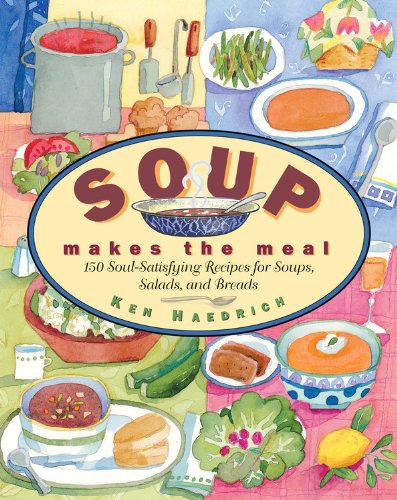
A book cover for Soup Makes the Meal: 150 Soul-Satisfying Recipes for Soups, Salads and Breads; Ken Haedrich; Cookbooks, Food & Wine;